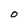
Character: 0